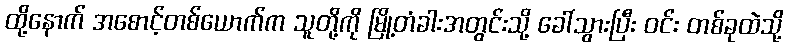
ထို့နောက် အစောင့်တစ်ယောက်က သူတို့ကို မြို့တံခါးအတွင်းသို့ ခေါ်သွားပြီး ဝင်း တစ်ခုထဲသို့